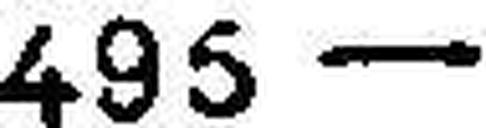
495.—